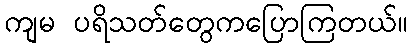
ကျမ ပရိသတ်တွေကပြောကြတယ်။